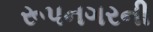
રૂપનગરની